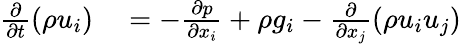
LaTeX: \begin{array}{rl}{{\frac{\partial}{\partial t}}(\rho u_{i})}&{{}=-{\frac{\partial p}{\partial x_{i}}}+\rho g_{i}-{\frac{\partial}{\partial x_{j}}}(\rho u_{i}u_{j})}\end{array}